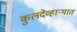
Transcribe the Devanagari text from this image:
कुलदेव्हार्‍यात